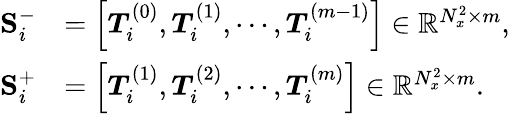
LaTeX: \begin{array}{rl}{\mathbf{S}_{i}^{-}}&{=\left[\boldsymbol{T}_{i}^{(0)},\boldsymbol{T}_{i}^{(1)},\cdots,\boldsymbol{T}_{i}^{(m-1)}\right]\in\mathbb{R}^{N_{x}^{2}\times m},}\\ {\mathbf{S}_{i}^{+}}&{=\left[\boldsymbol{T}_{i}^{(1)},\boldsymbol{T}_{i}^{(2)},\cdots,\boldsymbol{T}_{i}^{(m)}\right]\in\mathbb{R}^{N_{x}^{2}\times m}.}\end{array}